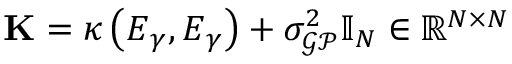
\mathbf { K } = \kappa \left( \boldsymbol { E } _ { \gamma } , \boldsymbol { E } _ { \gamma } \right) + \sigma _ { \mathcal { G P } } ^ { 2 } \mathbb { I } _ { N } \in \mathbb { R } ^ { N \times N }